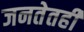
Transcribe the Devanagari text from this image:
जनतेतही